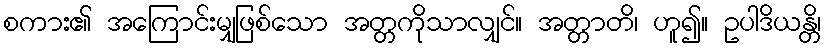
စကား၏ အကြောင်းမျှဖြစ်သော အတ္တကိုသာလျှင်။ အတ္တာတိ၊ ဟူ၍။ ဥပါဒိယန္တိ၊